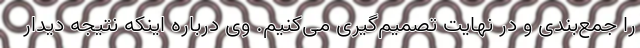
را جمع‌بندی و در نهایت تصمیم‌گیری می‌کنیم. وی درباره اینکه نتیجه دیدار